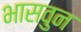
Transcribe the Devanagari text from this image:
भासवुन